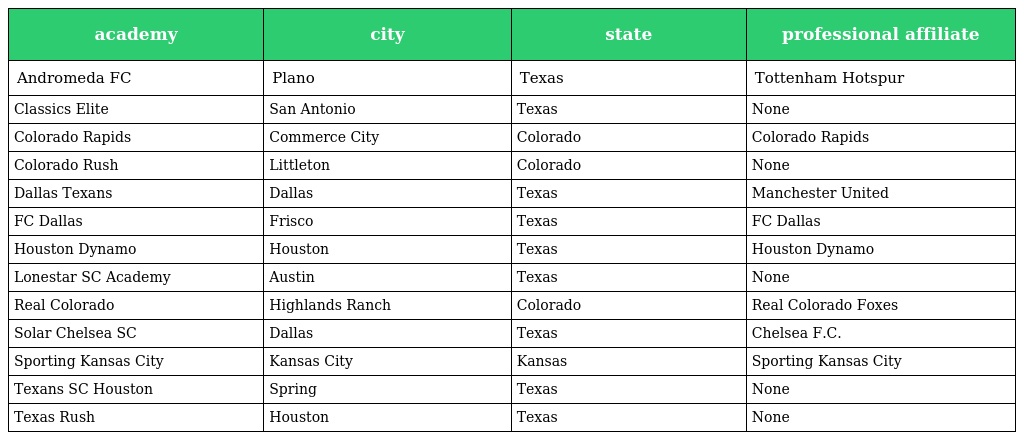
| academy | city | state | professional affiliate |
 | --- | --- | --- | --- |
 | Andromeda FC | Plano | Texas | Tottenham Hotspur |
 | Classics Elite | San Antonio | Texas | None |
 | Colorado Rapids | Commerce City | Colorado | Colorado Rapids |
 | Colorado Rush | Littleton | Colorado | None |
 | Dallas Texans | Dallas | Texas | Manchester United |
 | FC Dallas | Frisco | Texas | FC Dallas |
 | Houston Dynamo | Houston | Texas | Houston Dynamo |
 | Lonestar SC Academy | Austin | Texas | None |
 | Real Colorado | Highlands Ranch | Colorado | Real Colorado Foxes |
 | Solar Chelsea SC | Dallas | Texas | Chelsea F.C. |
 | Sporting Kansas City | Kansas City | Kansas | Sporting Kansas City |
 | Texans SC Houston | Spring | Texas | None |
 | Texas Rush | Houston | Texas | None |